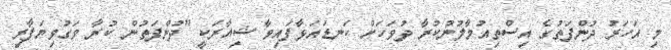
މި އަހަރު ދުންފަތުގެ އިސްތިއުމާލުނުކުރާ ދުވަހަށް ކަނޑައަޅާފައިވާ ޝިއާރަކީ "ދުންފަތުން ކުރާ ވަގުވިޔަފާރި